Report on vaccination in Madras 1877-1894 - 1877-1894
Year: 1877
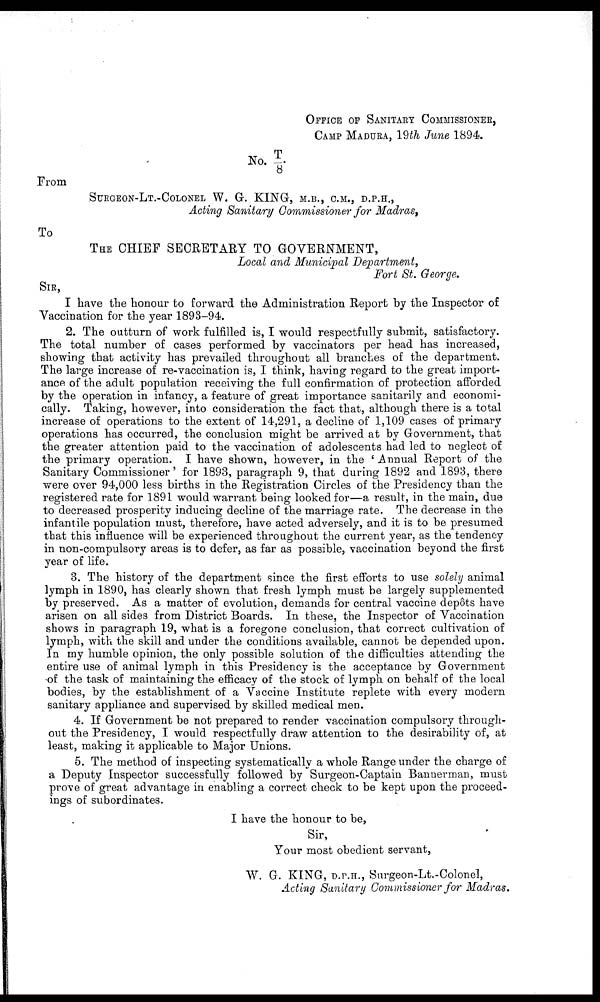
OFFICE OF SANITARY COMMISSIONER,
CAMP MADURA, 19th June 1894.
No. T/8.
From
SURGEON-LT.-COLONEL W. G. KING, M.B., C.M., D.P.H.,
Acting Sanitary Commissioner for Madras,
To
THE CHIEF SECRETARY TO GOVERNMENT,
Local and Municipal Department,
Fort St. George.
SIR,
I have the honour to forward the Administration Report by the Inspector of
Vaccination for the year 1893-94.
2. The outturn of work fulfilled is, I would respectfully submit, satisfactory.
The total number of cases performed by vaccinators per head has increased,
showing that activity has prevailed throughout all branches of the department.
The large increase of re-vaccination is, I think, having regard to the great import-
ance of the adult population receiving the full confirmation of protection afforded
by the operation in infancy, a feature of great importance sanitarily and economi-
cally. Taking, however, into consideration the fact that, although there is a total
increase of operations to the extent of 14,291, a decline of 1,109 cases of primary
operations has occurred, the conclusion might be arrived at by Government, that
the greater attention paid to the vaccination of adolescents had led to neglect of
the primary operation. I have shown, however, in the ' Annual Report of the
Sanitary Commissioner' for 1893, paragraph 9, that during 1892 and 1893, there
were over 94,000 less births in the Registration Circles of the Presidency than the
registered rate for 1891 would warrant being looked for—a result, in the main, due
to decreased prosperity inducing decline of the marriage rate. The decrease in the
infantile population must, therefore, have acted adversely, and it is to be presumed
that this influence will be experienced throughout the current year, as the tendency
in non-compulsory areas is to defer, as far as possible, vaccination beyond the first
year of life.
3. The history of the department since the first efforts to use solely animal
lymph in 1890, has clearly shown that fresh lymph must be largely supplemented
by preserved. As a matter of evolution, demands for central vaccine depôts have
arisen on all sides from District Boards. In these, the Inspector of Vaccination
shows in paragraph 19, what is a foregone conclusion, that correct cultivation of
lymph, with the skill and under the conditions available, cannot be depended upon.
In my humble opinion, the only possible solution of the difficulties attending the
entire use of animal lymph in this Presidency is the acceptance by Government
of the task of maintaining the efficacy of the stock of lymph on behalf of the local
bodies, by the establishment of a Vaccine Institute replete with every modern
sanitary appliance and supervised by skilled medical men.
4. If Government be not prepared to render vaccination compulsory through-
out the Presidency, I would respectfully draw attention to the desirability of, at
least, making it applicable to Major Unions.
5. The method of inspecting systematically a whole Range under the charge of
a Deputy Inspector successfully followed by Surgeon-Captain Bannerman, must
prove of great advantage in enabling a correct check to be kept upon the proceed-
ings of subordinates.
I have the honour to be,
Sir,
Your most obedient servant,
W. G. KING, D.P.H., Surgeon-Lt.-Colonel,
Acting Sanitary Commissioner for Madras.